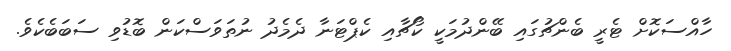
ހާއްސަކޮށް ޓެރީ ބެންޗުގައި ބޭންދުމަކީ ކޯޗާއި ކެޕްޓަނާ ދެމެދު ނުތަވަސްކަން ބޮޑުވި ސަބަބެކެވެ.